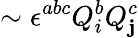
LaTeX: \sim\epsilon^{abc}Q_{i}^{b}Q_{\mathbf{j}}^{c}